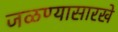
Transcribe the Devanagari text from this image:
जळण्यासारखे